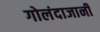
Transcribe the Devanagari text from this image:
गोलंदाजानी